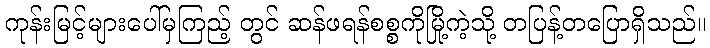
ကုန်းမြင့်များပေါ်မှကြည့် တွင် ဆန်ဖရန်စစ္စကိုမြို့ကဲ့သို့ တပြန့်တပြောရှိသည်။